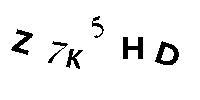
Z7K5HD